Leningradi_Edasi_toimetus, lk 74
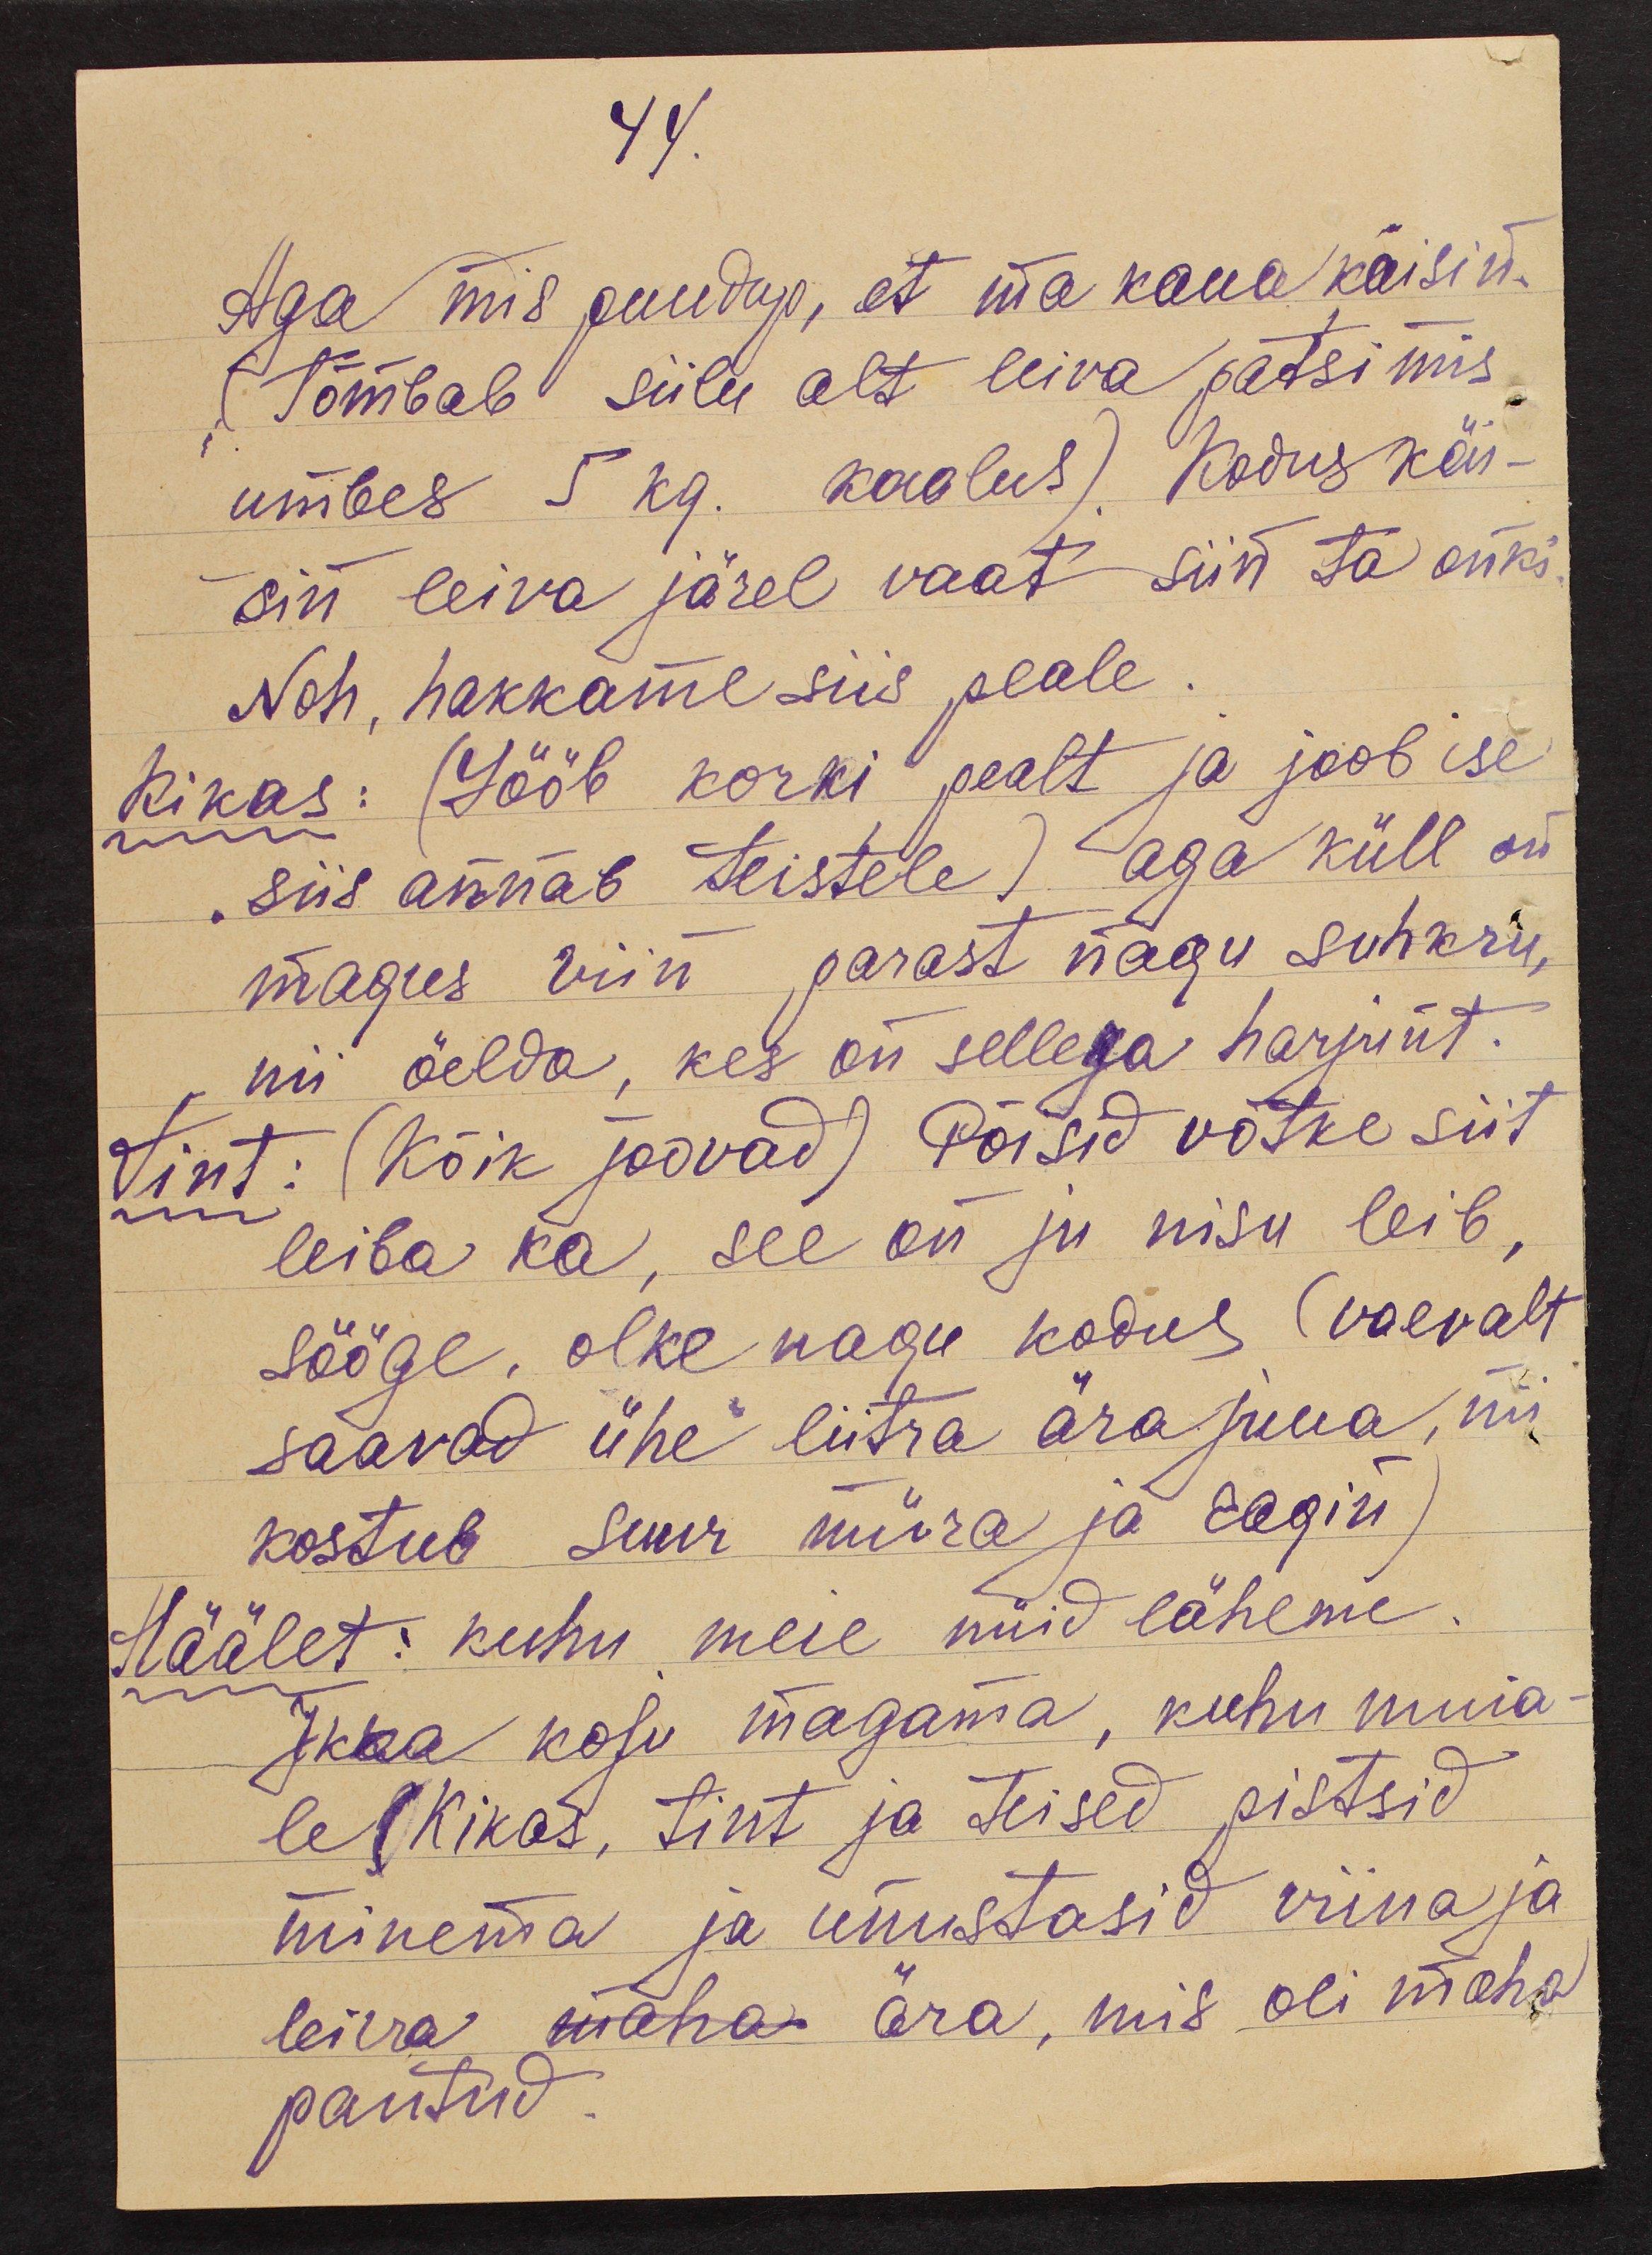
44.
Aga mis puudup, et ma kaua käisin.
(Tõmbab siilu alt leiva patsi mis
umbes 5 kg. kaalus). Kodus käi-
sin leiva järel vaat siin ta onki.
Noh, hakkame siis peale.
Kikas: (Lööb korki pealt ja joob ise
,siis annab teistele) aga küll on
magus viin parast nagu suhkru,
nii öelda, kes on sellega harjunt.
Tint: (Kõik joovad) Põisid võtke siit
leiba ka, see on ju nisu leib,
sööge, olke nagu kodus (vaevalt
saavad ühe liitra ära juua, nii
kostub suur müra ja ragin)
Häälet: kuhu meie nüid läheme.
Ikka koju magama, kuhu muia-
le (Kikas, Tint ja teised pistsid
minema ja unustasid viina ja
leiva maha ära, mis oli maha
pantud.